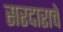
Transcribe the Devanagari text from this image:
सरदाराचे